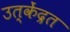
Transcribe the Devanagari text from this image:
उत्केंद्रत